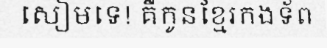
សៀមទេ! គឺកូនខ្មែរកងទ័ព